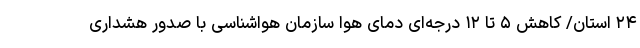
۲۴ استان/ کاهش ۵ تا ۱۲ درجه‌ای دمای هوا سازمان هواشناسی با صدور هشداری